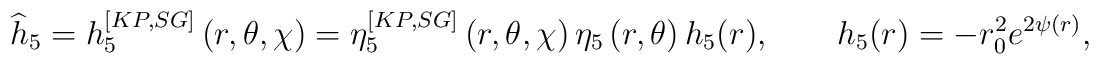
\widehat{h}_{5}=h_{5}^{[KP,SG]}\left( r,\theta ,\chi \right) =\eta_{5}^{[KP,SG]}\left( r,\theta ,\chi \right) \eta _{5}\left( r,\theta \right)h_{5}(r),\qquad h_{5}(r)=-r_{0}^{2}e^{2\psi (r)},